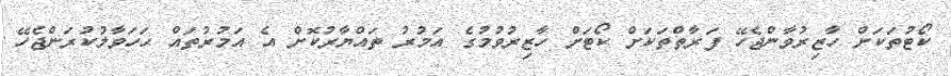
ކޯޓުތަކަށް ހާޒިރުވާންޖެހޭ ފަރާތްތަކަށް ކޯޓަށް ހާޒިރުވުމުގެ އަމުރު ތައްޔާރުކޮށް އެ އަމުރުތައް ޙަހަވާލުކުރަންޖެހޭ